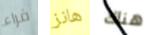
فراء هانز هناك